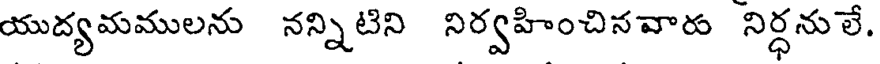
యుద్యమములను నన్నిటిని నిర్వహించినవారు నిర్ధనులే.